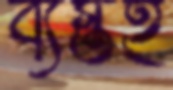
ব্যস্তই